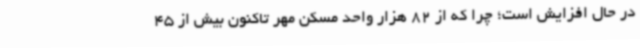
در حال افزایش است؛ چرا که از 82 هزار واحد مسکن مهر تاکنون بیش از 45